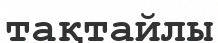
тақтайлы